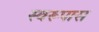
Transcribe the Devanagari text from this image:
स्वरूपास